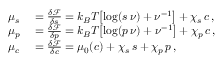
\begin{array} { r l } { \mu _ { s } } & { { } = \frac { \delta \mathcal { F } } { \delta s } = k _ { B } T \bigl [ \log ( s \, \nu ) + \nu ^ { - 1 } \bigr ] + \chi _ { s } \, c \, , } \\ { \mu _ { p } } & { { } = \frac { \delta \mathcal { F } } { \delta p } = k _ { B } T \bigl [ \log ( p \, \nu ) + \nu ^ { - 1 } \bigr ] + \chi _ { p } \, c \, , } \\ { \mu _ { c } } & { { } = \frac { \delta \mathcal { F } } { \delta c } = \mu _ { 0 } ( c ) + \chi _ { s } \, s + \chi _ { p } \, p \, , } \end{array}